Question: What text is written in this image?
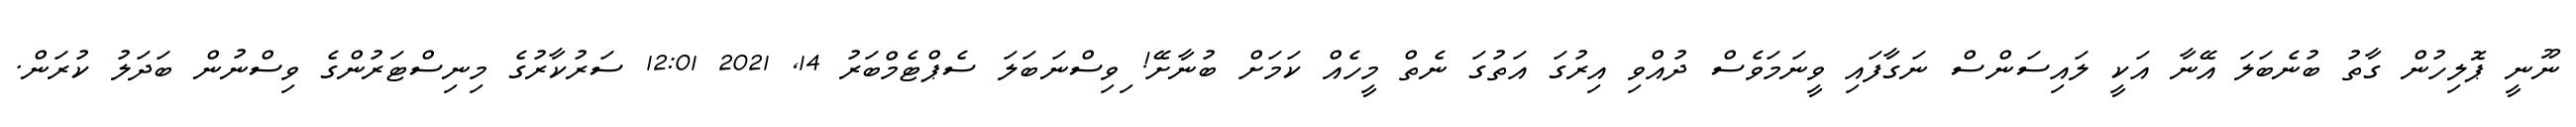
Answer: ނޫނީ ޕޮލިހުން ގާތު ބުނެބަލަ އޭނާ އަކީ ލައިސަންސް ނަގާފައި ވީނަމަވެސް ދުއްވި އިރުގަ އަތުގަ ނެތް މީހެއް ކަމަށް ބުނާށޭ! ިވިސްނަބަލަ ސެޕްޓެމްބަރު 14, 2021 12:01 ސަރުކާރުގެ މިނިސްޓަރުންގެ ވިސްނުން ބަދަލު ކުރަން.